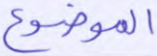
الموضوع